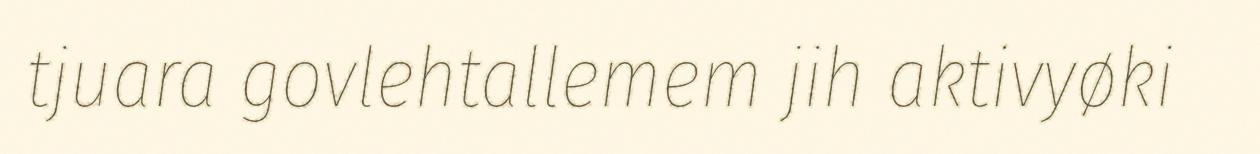
tjuara govlehtallemem jih aktivyøki